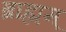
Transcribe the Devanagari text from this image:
ब्राह्मम्